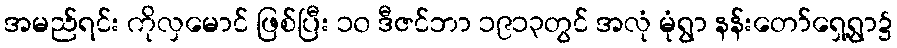
အမည်ရင်း ကိုလှမောင် ဖြစ်ပြီး ၁၀ ဒီဇင်ဘာ ၁၉၁၃တွင် အလုံ မုံရွာ နန်းတော်ရှေ့ရွာ၌